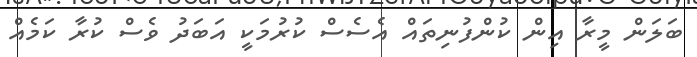
ބަލަން މީރާ އިން ކުންފުނިތައް އެސެސް ކުރުމަކީ އަބަދު ވެސް ކުރާ ކަމެއް